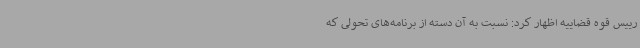
رییس قوه قضاییه اظهار کرد: نسبت به آن دسته از برنامه‌های تحولی که